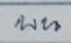
บน